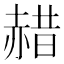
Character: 𫎯